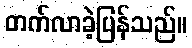
တက်လာခဲ့ပြန်သည်။